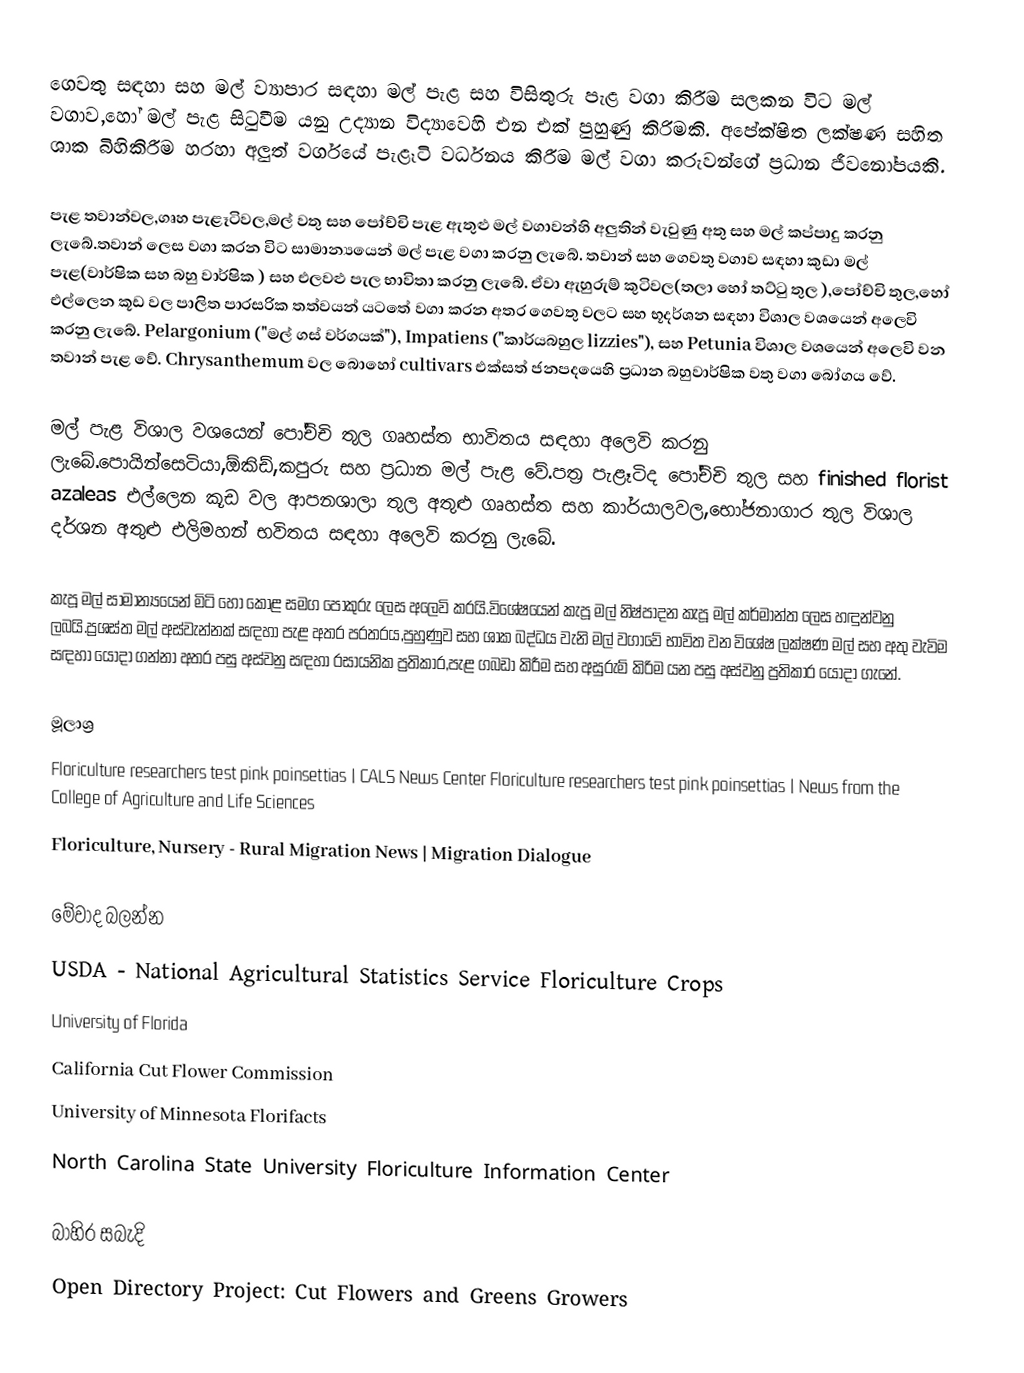
ගෙවතු සඳහා සහ මල් ව්‍යාපාර සඳහා මල් පැළ සහ විසිතුරු පැළ වගා කිරීම සලකන විට මල් වගාව,හෝ මල් පැළ සිටුවීම යනු උද්‍යාන විද්‍යාවෙහි  එන එක් පුහුණු කිරිමකි. අපේක්ෂිත ලක්ෂණ සහිත ශාක බිහිකිරීම හරහා අලුත් වර්ගයේ පැළෑටි වර්ධනය කිරීම මල් වගා කරුවන්ගේ ප්‍රධාන ජීවනෝපයකි.

පැළ තවාන්වල,ගෘහ පැළෑටිවල,මල් වතු සහ පෝච්චි පැළ ඇතුළු මල් වගාවන්හි අලුතින් වැවුණු අතු සහ මල් කප්පාදු කරනු ලැබේ.තවාන්  ලෙස වගා කරන විට සාමාන්‍යයෙන් මල්  පැළ වගා කරනු ලැබේ. තවාන්  සහ ගෙවතු වගාව සඳහා කුඩා මල් පැළ(වාර්ෂික සහ බහු වාර්ෂික ) සහ එලවළු පැල භාවිතා කරනු ලැබේ. ඒවා ඇහුරුම් කුටිවල(තලා හෝ තට්ටු තුල ),පෝච්චි තුල,හෝ එල්ලෙන කූඩ වල පාලිත පාරසරික තත්වයන් යටතේ වගා කරන අතර ගෙවතු වලට සහ භූදර්ශන සඳහා විශාල වශයෙන් අලෙවි කරනු ලැබේ.  Pelargonium ("මල් ගස් වර්ගයක්"), Impatiens ("කාර්යබහුල lizzies"), සහ Petunia විශාල වශයෙන් අලෙවි වන තවාන් පැළ වේ. Chrysanthemum වල බොහෝ cultivars එක්සත් ජනපදයෙහි ප්‍රධාන බහුවාර්ෂික වතු වගා බෝගය වේ. 

මල් පැළ විශාල වශයෙන් පෝච්චි තුල ගෘහස්ත භාවිතය සඳහා අලෙවි කරනු ලැබේ.පොයින්සෙටියා,ඕකිඩ්,කපුරු සහ ප්‍රධාන මල් පැළ වේ.පත්‍ර පැළෑටිද පෝච්චි තුල සහ finished florist azaleas එල්ලෙන කූඩ වල ආපනශාලා තුල අතුළු ගෘහස්ත සහ කාර්යාලවල,භෝජනාගාර තුල විශාල දර්ශන අතුළු එලිමහන් භවිතය සඳහා අලෙවි කරනු ලැබේ.

කැපූ මල් සාමාන්‍යයෙන් මිටි හෝ කොළ සමග පොකුරු ලෙස අලෙවි කරයි.විශේෂයෙන් කැපූ මල් නිෂ්පාදන කැපූ මල් කර්මාන්ත ලෙස හඳුන්වනු ලබයි.ප්‍රශස්ත මල් අස්වැන්නක් සඳහා පැළ අතර පරතරය,පුහුණුව සහ ශාක බද්ධය වැනි මල් වගාවේ භාවිත වන විශේෂ ලක්ෂණ මල් සහ අතු වැවිම සඳහා යොදා ගන්නා අතර පසු අස්වනු සඳහා රසායනික ප්‍රතිකාර,පැළ ගබඩා කිරීම සහ අසුරුම් කිරිම යන පසු අස්වනු ප්‍රතිකාර යොදා ගැනේ.

මූලාශ්‍ර
 Floriculture researchers test pink poinsettias | CALS News Center Floriculture researchers test pink poinsettias | News from the College of Agriculture and Life Sciences
 Floriculture, Nursery - Rural Migration News | Migration Dialogue

මේවාද බලන්න
 USDA - National Agricultural Statistics Service Floriculture Crops
 University of Florida
 California Cut Flower Commission
 University of Minnesota Florifacts
 North Carolina State University Floriculture Information Center

බාහිර සබැදි
 Open Directory Project: Cut Flowers and Greens Growers